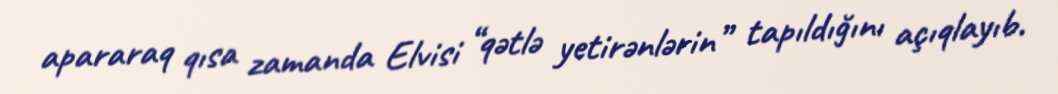
apararaq qısa zamanda Elvisi “qətlə yetirənlərin” tapıldığını açıqlayıb.